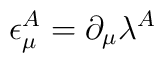
\epsilon^A_\mu = \partial_\mu \lambda^A